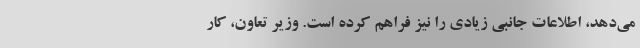
می‌دهد، اطلاعات جانبی زیادی را نیز فراهم کرده است. وزیر تعاون، کار